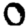
Digit: 0